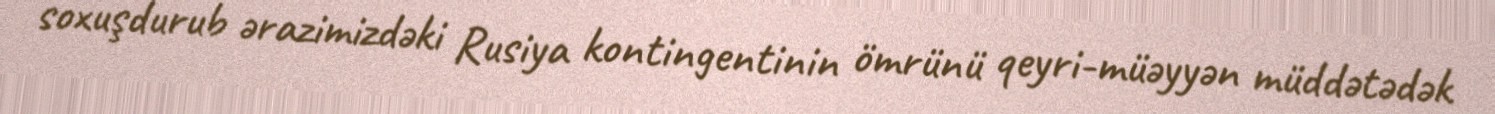
soxuşdurub ərazimizdəki Rusiya kontingentinin ömrünü qeyri-müəyyən müddətədək